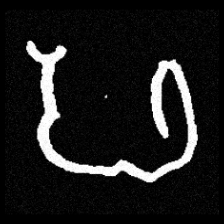
Pyu character \u2014 Myanmar letter: ဖ (romanized: pha)